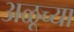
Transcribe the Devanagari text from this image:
अळूच्या